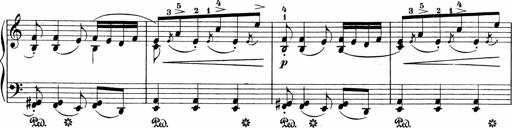
Title: Sonatinen Op.47, 98 und 136, nebst 6 Liedersonatinen
Composer: Carl Reinecke